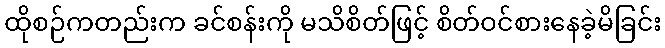
ထိုစဉ်ကတည်းက ခင်စန်းကို မသိစိတ်ဖြင့် စိတ်ဝင်စားနေခဲ့မိခြင်း